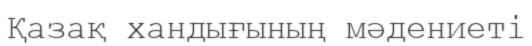
Қазақ хандығының мәдениеті